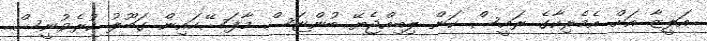
އަލީޒާ އަށް އެމެރިކާގެ ރައީސް ކަން ލިބިއްޖެޔޭ ބުންޏަސް މާފަސޭހައިން ގަބޫލު ކުރެވުނީސް